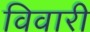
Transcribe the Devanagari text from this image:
विवारी